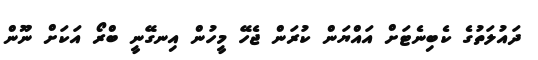
ދައުލަތުގެ ކެބިނެޓަށް އައްޔަން ކުރަން ޖެހޭ މީހުން އިނގޭނީ ބްރޯ އަކަށް ނޫން